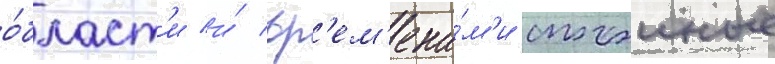
о́бласт'и и́ вр'ем'ена́м'и спокоиные